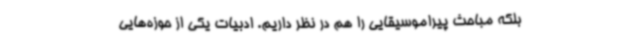
بلکه مباحث پیراموسیقایی را هم در نظر داریم. ادبیات یکی از حوزه‌هایی